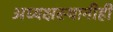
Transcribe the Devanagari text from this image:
अध्यक्षस्थानीही